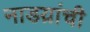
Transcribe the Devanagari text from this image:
नाडय़ांची